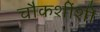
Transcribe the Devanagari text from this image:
चौकशींशी